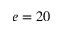
e = 2 0